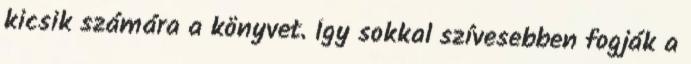
kicsik számára a könyvet. Így sokkal szívesebben fogják a